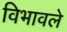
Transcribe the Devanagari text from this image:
विभावले